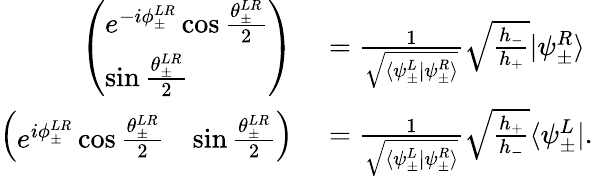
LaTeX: \begin{array}{rl}{\left(\begin{array}{l}{e^{-i\phi_{\pm}^{LR}}\cos\frac{\theta_{\pm}^{LR}}{2}}\\ {\sin\frac{\theta_{\pm}^{LR}}{2}}\end{array}\right)}&{{}=\frac{1}{\sqrt{\langle\psi_{\pm}^{L}|\psi_{\pm}^{R}\rangle}}\sqrt{\frac{h_{-}}{h_{+}}}|\psi_{\pm}^{R}\rangle}\\ {\left(\begin{array}{ll}{e^{i\phi_{\pm}^{LR}}\cos\frac{\theta_{\pm}^{LR}}{2}}&{\sin\frac{\theta_{\pm}^{LR}}{2}}\end{array}\right)}&{{}=\frac{1}{\sqrt{\langle\psi_{\pm}^{L}|\psi_{\pm}^{R}\rangle}}\sqrt{\frac{h_{+}}{h_{-}}}\langle\psi_{\pm}^{L}|.}\end{array}